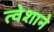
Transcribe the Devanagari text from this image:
त्वेशाने